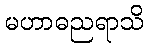
မဟာဓညရာသိ